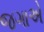
જગાએ